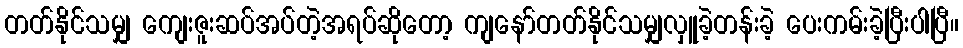
တတ်နိုင်သမျှ ကျေးဇူးဆပ်အပ်တဲ့အရပ်ဆိုတော့ ကျနော်တတ်နိုင်သမျှလှူခဲ့တန်းခဲ့ ပေးကမ်းခဲ့ပြီးပါပြီ။